Civil Veterinary Dept. Bombay admin report 1893-99 - 1893-1899
Year: 1893
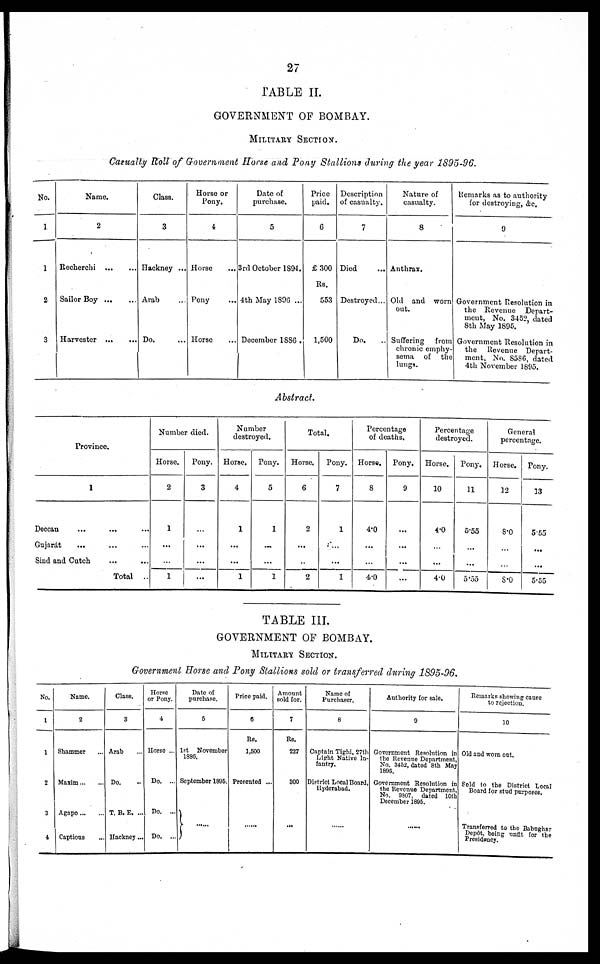
27
TABLE II.
GOVERNMENT OF BOMBAY.
MILITARY SECTION.
Casualty Roll of Government Horse and Pony Stallions during the year 1895-96.
No.
1
1
2
3
Name.
2
Recherchi
…
…
Sailor Boy
…
…
Harvester … …
Class.
3
Hackney ...
Arab …
Do. …
Horse or
Pony.
4
Horse …
Pony …
Horse …
Date of
purchase.
5
3rd October 1S94.
4th May 1806 ...
December 1886 .
Price
paid.
6
£ 300
Rs.
553
1,500
Description
of casualty.
7
Died …
Destroyed...
Do.
...
Nature of
casualty.
8
Anthrax.
Old and worn
out.
Suffering
from
chronic emphy-
sema of
the
lungs.
Remarks as to authority
for destroying, &c.
9
Government Resolution in
the Revenue
Depart-
ment, No. 3452, dated
8th May 1895.
Government Resolution in
the
Revenue Depart-
ment. No. 8586, dated
4th November 1895.
Abstract.
Province.
1
Deccan … … …
Gujarát … … …
Sind and Cutch … …
Total …
Number died.
Horse.
2
1
...
…
1
Pony.
3
…
...
...
...
Number
destroyed.
Horse.
4
1
...
...
1
Pony.
5
1
…
...
1
Total.
Horse.
6
2
...
…
2
Pony.
7
1
....
...
1
Percentage
of deaths.
Horse.
8
4.0
...
...
4.0
Pony.
9
…
...
...
...
Percentage
destroyed.
Horse.
10
4.0
...
...
4.0
Pony.
11
5.55
...
...
5.55
General
percentage.
Horse.
12
8.0
…
…
8.0
Pony.
13
5.55
...
…
555
TABLE III.
GOVERNMENT OF BOMBAY.
MILITARY SECTION.
Government Horse and Pony Stallions sold or transferred during 1895-96.
No.
1
1
2
3
4
Name.
2
Shammer …
Maxim … …
Agapo … …
Captious
Class.
3
Arab …
Do. …
T. B. E. ...
Hackney...
Horse
or Pony.
4
Horse ...
Do. ...
Do. ...
Do. ...
Date of
purchase.
5
1st November
September 1895.
… …
Price paid.
6
Rs.
1,500
Presented ...
… …
Amount
sold for.
7
Rs.
227
300
...
Name of
Purchaser.
8
Captain Tighi, 27th
Light Native In-
fantry.
District Local Board,
Hyderabad.
… …
Authority for sale.
9
Government Resolution in
the Revenue Department,
No. 3452, dated 8th May
1895.
Government Resolution in
the Revenue Department,
No. 9S07, dated 10th
December 1895.
… …
Remarks showing cause
to rejection.
10
Old and worn out.
Sold to the District Local
Board for stud purposes.
Transferred to the Babughar
depôt, being unfit for the
Presidency.